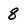
Character: 8